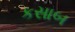
કસાબ